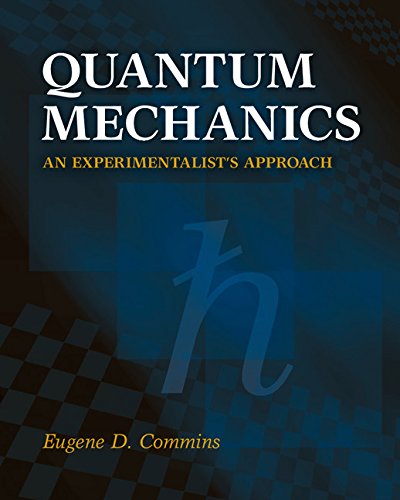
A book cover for Quantum Mechanics: An Experimentalist's Approach; Eugene D. Commins; Science & Math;